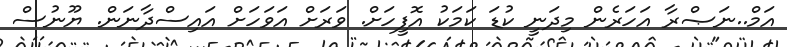
އަމް..ނަޞްރާ އަހަރެން މިދަނީ ކުޑަ ކަމަކު އޮފީހަށް. ވަރަށް އަވަހަށް އައިސްދާނަން. ޔޫނުސް